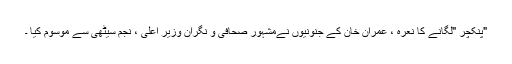
"پنکچر "لگانے کا نعرہ ، عمران خان کے جنونیوں نےمشہور صحافی و نگران وزیر اعلیٰ ، نجم سیٹھی سے موسوم کیا ۔